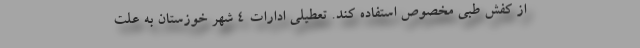
از کفش طبی مخصوص استفاده کند. تعطیلی ادارات ۴ شهر خوزستان به علت